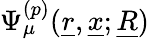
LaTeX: \Psi_{\mu}^{(p)}(\underline{{r}},\underline{{x}};\underline{{R}})